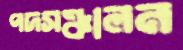
পদসঞ্চালন